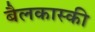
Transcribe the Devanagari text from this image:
बैलकास्की